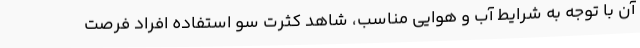
آن با توجه به شرایط آب و هوایی مناسب، شاهد کثرت سو استفاده افراد فرصت